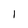
Character: 1